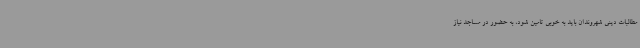
مطالبات دینی شهروندان باید به خوبی تامین شود، به حضور در مساجد نیاز